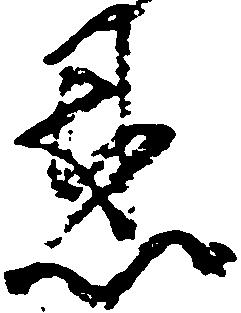
恩